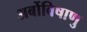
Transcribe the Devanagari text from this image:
अर्बोविषाणु